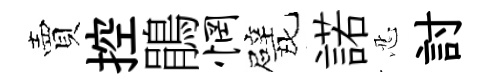
賣控鵑惘戏諾忍討